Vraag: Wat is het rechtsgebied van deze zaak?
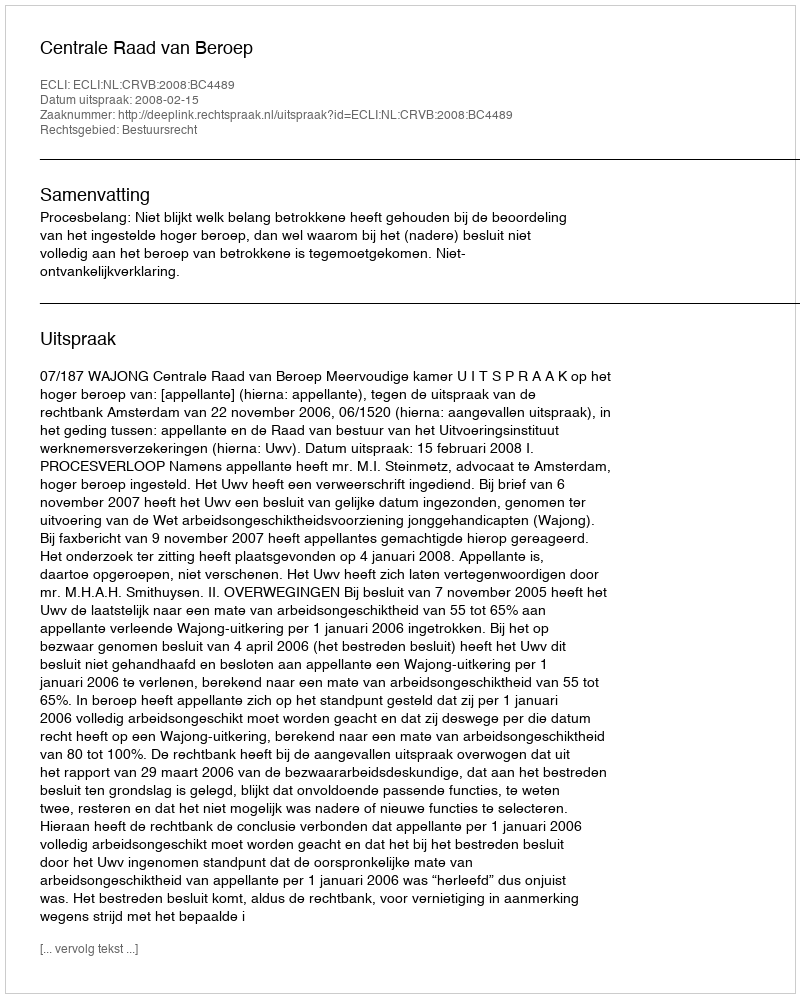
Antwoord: Bestuursrecht